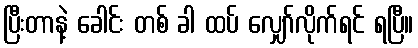
ပြီးတာနဲ့ ခေါင်း တစ် ခါ ထပ် လျှော်လိုက်ရင် ရပြီ။